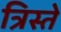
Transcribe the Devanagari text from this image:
त्रिस्ते